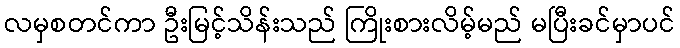
လမှစတင်ကာ ဦးမြင့်သိန်းသည် ကြိုးစားလိမ့်မည် မပြီးခင်မှာပင်